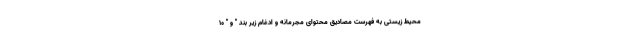
محیط‌ زیستی به فهرست مصادیق محتوای مجرمانه و ادغام زیر بند " و " ۱۰